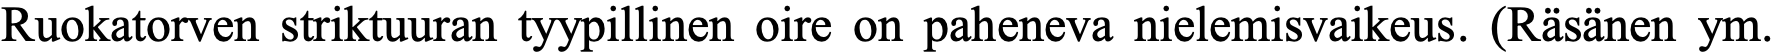
Ruokatorven striktuuran tyypillinen oire on paheneva nielemisvaikeus. (Räsänen ym.